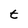
Character: t